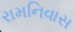
રામનિવાસ